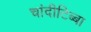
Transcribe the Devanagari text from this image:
चांदीटिब्बा